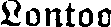
Lontoo